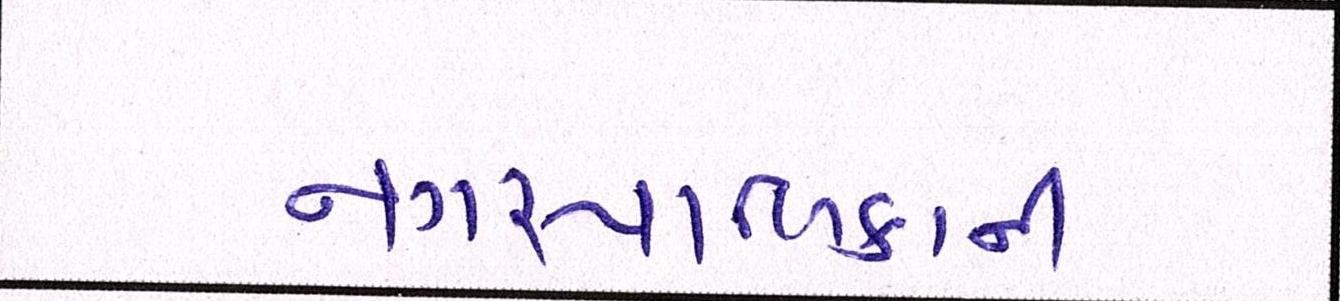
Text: નગરપાલિકાની